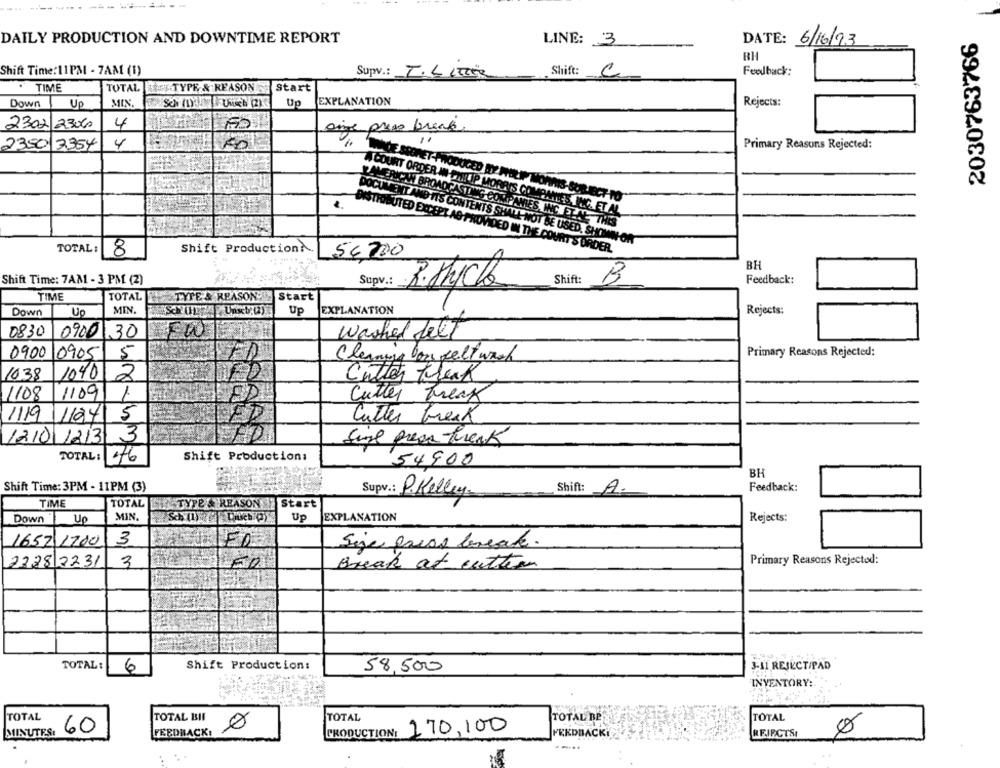
2030763766
DAILY PRODUCTION AND DOWNTIME REPORT
LINE: 3
DATE: 6/16/93
BH
Feedback:
Shift Time:11PM - 7AM (1)
Supv .: TIL LTZER
Shift: C
TIME
TOTAL
TISK-TYPE & REASON
Start
Down
Up
MIN.
Up
EXPLANATION
Rejects:
4
2302 23060
150
einge press break
2350 7354
4
Primary Reasons Rejected:
PPET PRODUCED BY WILI MON
A COURT ORDER IN PHILIP MORRIS COMPANIES, INC. ET AL
LAMERICAN BROADCASTING COMPANIES, INC.ETAL. THIS
DOCUMENT ANDITS CONTENTS SHALL NOT BE USED, SHOWN ON
TOTAL :
8
Shift ProductionA.
56700
DISTRIBUTED EXCEPT AG PROVIDED IN THE COURT S DIRDER.
BH
Shift Time: 7AM - 3 PM (2)
Supv .: R.thick
Shift:
B
Feedback:
TIME
TOTAL
TYTE & REASON
Start
Down
Up
MIN.
Up
EXPLANATION
Rejects:
0830
0900 30
FW
Washed felt
0900
0905
Primary Reasons Rejected:
5
Cleaning bons felt wash
1038
1040
2
Cutter Krank
1108
1109
1
ED
Cutter break
1119
5
1104
Cutter break
1210 1213
3
FAD
Sine press freak
TOTAL :
Shift Production:
54900
BH
Shift Time: 3PM - 11PM (3)
Supv .: P.Kelley
Shift: A.
Feedback:
TIME
TOTAL
TYPE & REASON
Start
Down
Up
MIN.
Up
EXPLANATION
Rejects:
1652 1700
3
FD
Sije press break.
Primary Reasons Rejected:
2328 3231
3
Break at cutting
TOTAL:
6
Shift Production:
58,500
3-11 REJECT/PAD
INVENTORY:
TOTAL
TOTAL BII
TOTAL
TOTAL BE
TOTAL
60
170,100
MINUTES:
FEEDBACK!
PRODUCTION!
FEEDBACKI
REIFCTSI